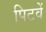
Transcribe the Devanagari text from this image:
पिटवें